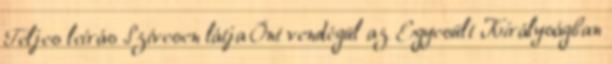
Teljes leírás Szívesen látja Önt vendégül az Egyesült Királyságban